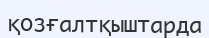
қозғалтқыштарда